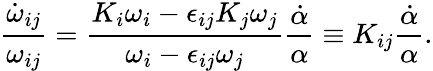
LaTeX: \frac{\dot{\omega}_{ij}}{\omega_{ij}}=\frac{K_{i}\omega_{i}-\epsilon_{ij}K_{j}\omega_{j}}{\omega_{i}-\epsilon_{ij}\omega_{j}}\frac{\dot{\alpha}}{\alpha}\equiv K_{ij}\frac{\dot{\alpha}}{\alpha}.